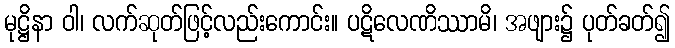
မုဋ္ဌိနာ ဝါ၊ လက်ဆုတ်ဖြင့်လည်းကောင်း။ ပဋိလေဏိဿာမိ၊ အဖျား၌ ပုတ်ခတ်၍